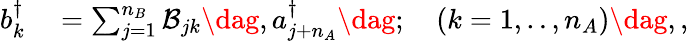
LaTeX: \begin{array}{rl}{b_{k}^{\dagger}}&{{}=\sum_{j=1}^{n_{B}}\mathcal{B}_{jk}\dag,a_{j+n_{A}}^{\dagger}\dag;\quad(k=1,..,n_{A})\dag,,}\end{array}